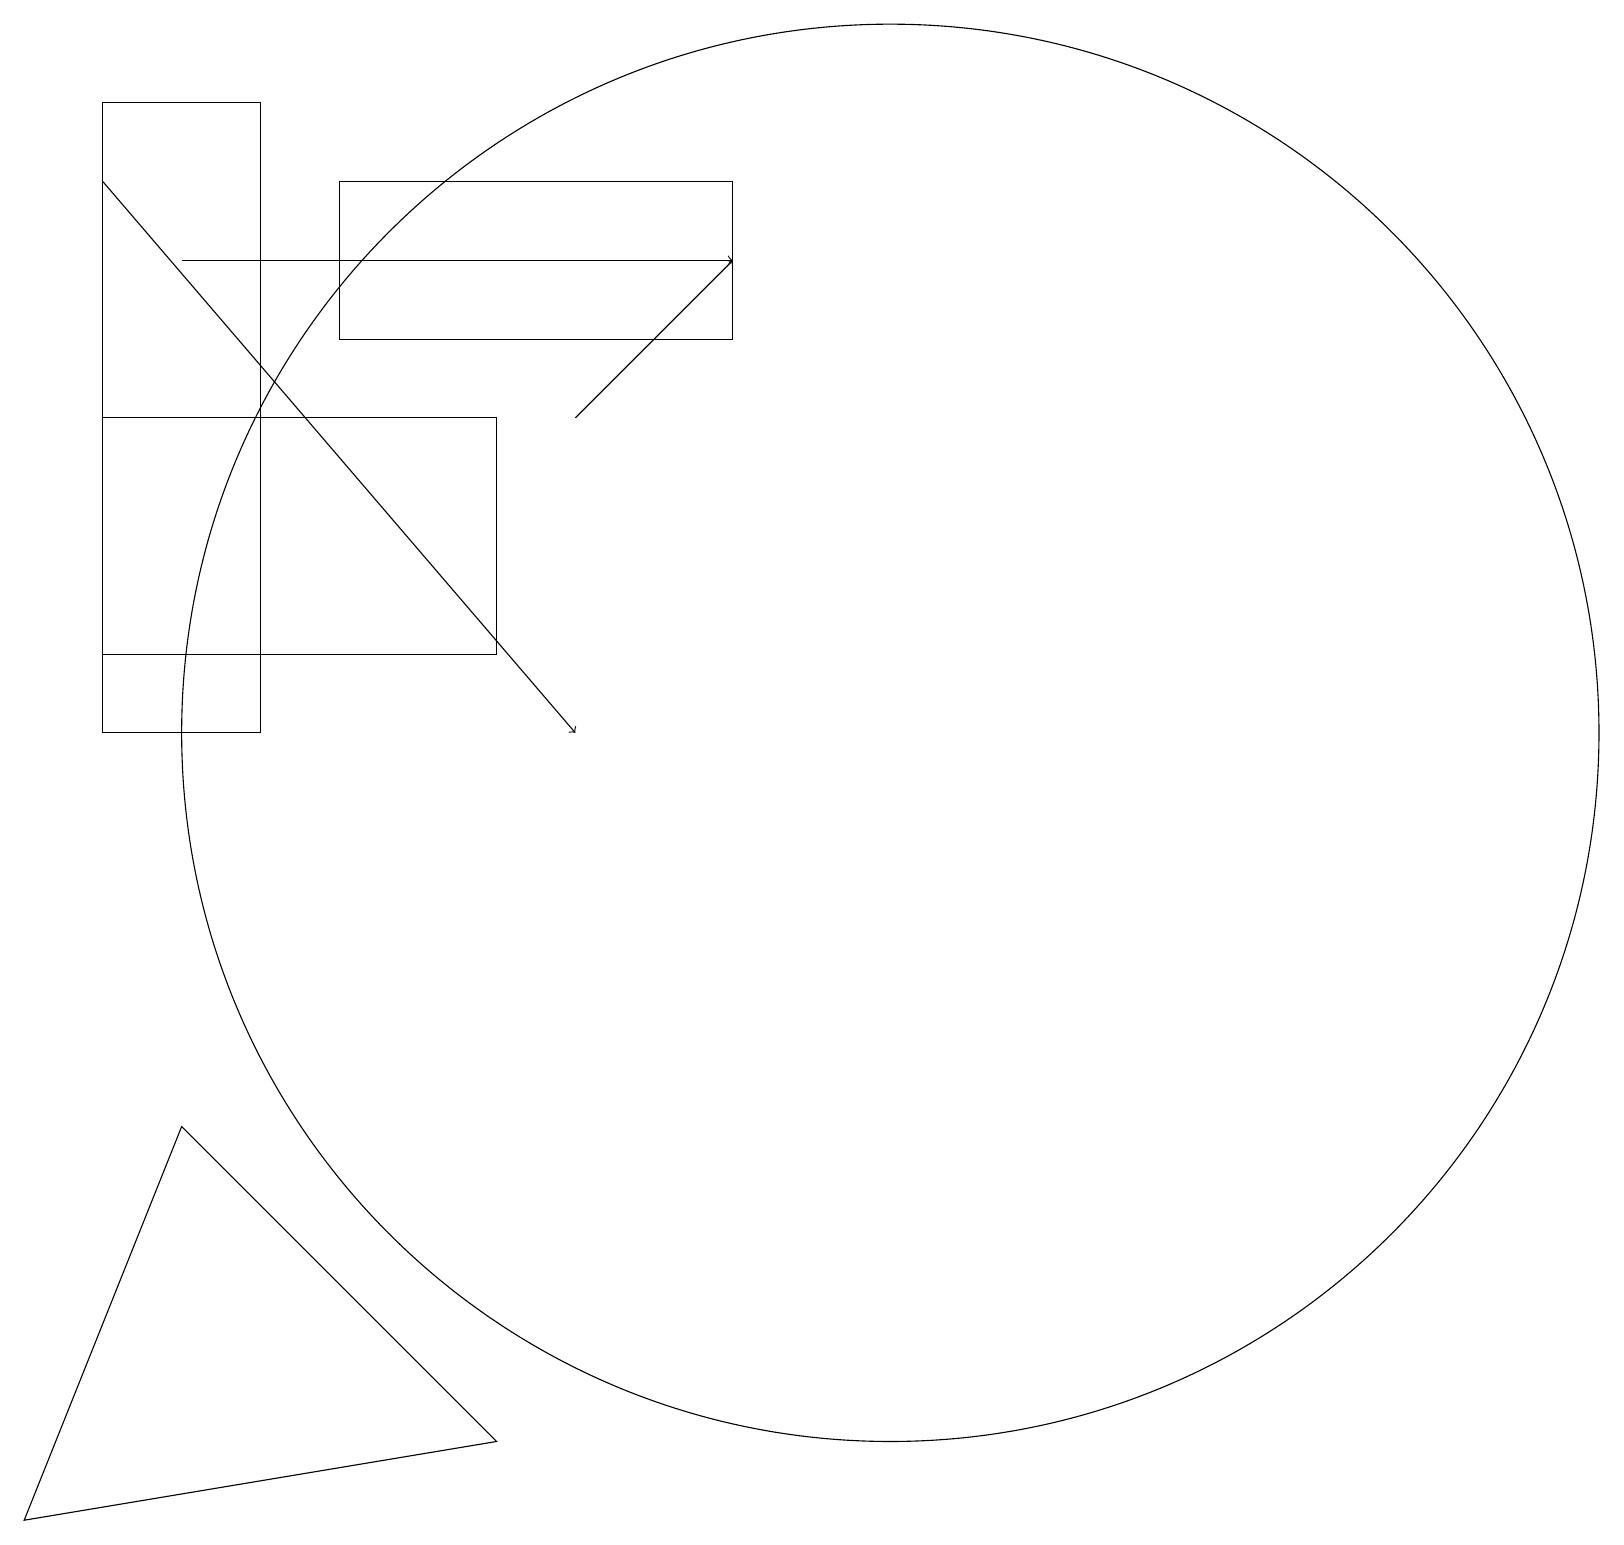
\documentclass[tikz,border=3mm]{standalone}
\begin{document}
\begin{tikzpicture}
\draw[->] (7,15) -- (9,17);
\draw[->] (2,17) -- (9,17);
\draw (3,19) rectangle (1,11);
\draw (6,2) -- (0,1) -- (2,6) -- cycle;
\draw (11,11) circle (9);
\draw[->] (1,18) -- (7,11);
\draw (9,18) rectangle (4,16);
\draw (6,12) rectangle (1,15);
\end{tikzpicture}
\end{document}